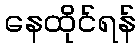
နေထိုင်ရန်